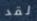
لقد